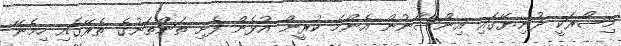
މިޞްރަކީ ދުނިޔޭގައި އިންސާނުން އެންމެ ކުރީން އުޅެން ފެށި ތަންތަނުގެ ތެރޭގައި ހިމެނޭ